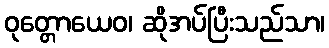
ဝုတ္တောယေဝ၊ ဆိုအပ်ပြီးသည်သာ၊